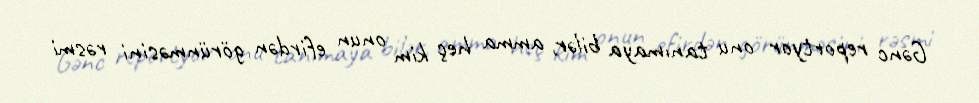
Gənc reportyor onu tanımaya bilər, amma heç kim onun efirdən görünməsini rəsmi